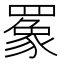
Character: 𬙧